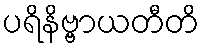
ပရိနိဗ္ဗာယတီတိ